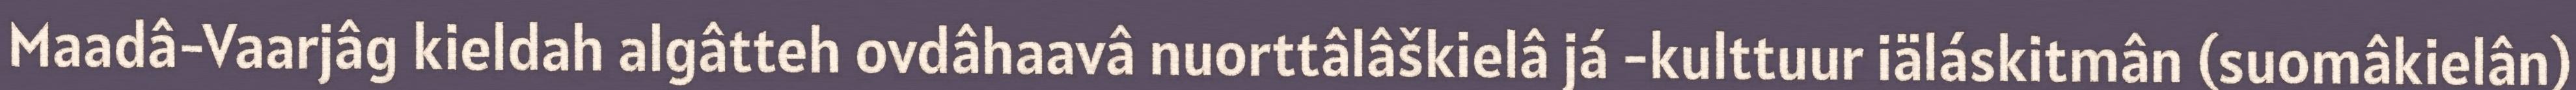
Maadâ-Vaarjâg kieldah algâtteh ovdâhaavâ nuorttâlâškielâ já -kulttuur iäláskitmân (suomâkielân)